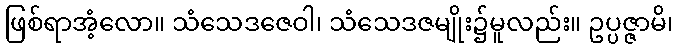
ဖြစ်ရာအံ့လော။ သံသေဒဇေဝါ၊ သံသေဒဇမျိုး၌မူလည်း။ ဥပ္ပဇ္ဇာမိ၊